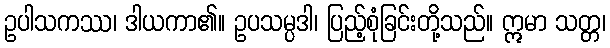
ဥပါသကဿ၊ ဒါယကာ၏။ ဥပသမ္ပဒါ၊ ပြည့်စုံခြင်းတို့သည်။ ဣမာ သတ္တ၊